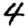
Digit: 4